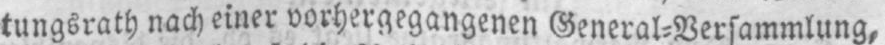
tungsrath nach einer vorhergegangenen General⸗Versammlung,